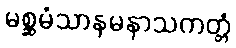
မစ္ဆမံသာနမနာသကတ္တံ